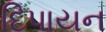
દિપાયન